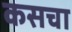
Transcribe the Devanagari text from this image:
कसचा